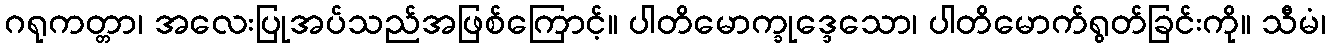
ဂရုကတ္တာ၊ အလေးပြုအပ်သည်အဖြစ်ကြောင့်။ ပါတိမောက္ခုဒ္ဒေသော၊ ပါတိမောက်ရွတ်ခြင်းကို။ သီမံ၊